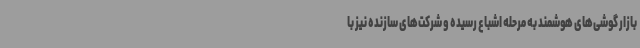
بازار گوشی‌های هوشمند به مرحله اشباع رسیده و شرکت‌های سازنده نیز با